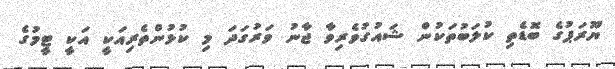
ޔޫރަޕުގެ ބޮޑެތި ކުލަބުތަކުން ޝައުގުވެރިވާ ޖާނު ވަރުގަދަ މި ކުޅުންތެރިއަކީ އަކީ ޓީމުގެ